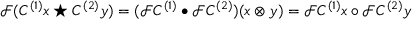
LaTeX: { \mathcal { F } } ( C ^ { ( 1 ) } x \star C ^ { ( 2 ) } y ) = ( { \mathcal { F } } C ^ { ( 1 ) } \bullet { \mathcal { F } } C ^ { ( 2 ) } ) ( x \otimes y ) = { \mathcal { F } } C ^ { ( 1 ) } x \circ { \mathcal { F } } C ^ { ( 2 ) } y